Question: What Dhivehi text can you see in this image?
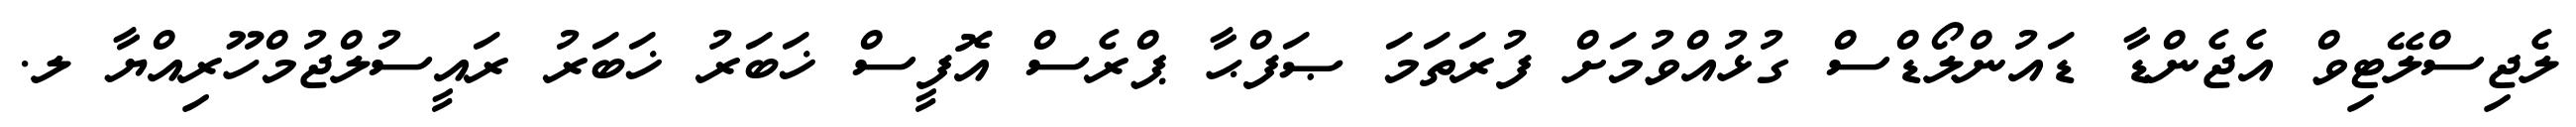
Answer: ލެޖިސްލޭޓިވް އެޖެންޑާ ޑައުންލޯޑްސް ގުޅުއްވުމަށް ފުރަތަމަ ޞަފްޙާ ޕްރެސް އޮފީސް ޚަބަރު ޚަބަރު ރައީސުލްޖުމްހޫރިއްޔާ ލ.